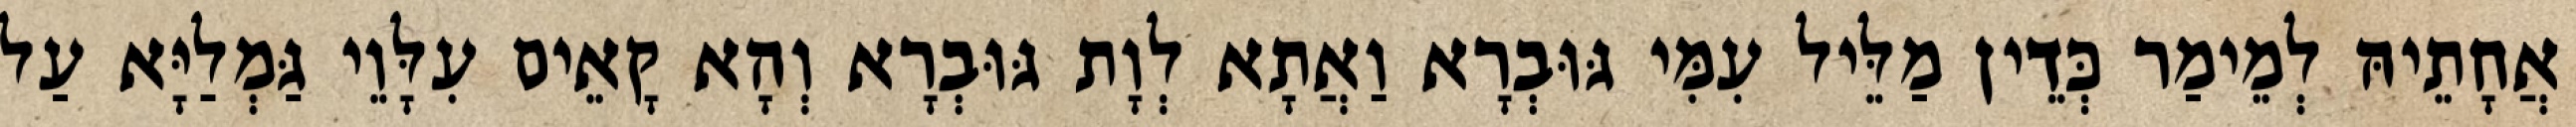
אֲחָתֵיהּ לְמֵימַר כְּדֵין מַלֵּיל עִמִּי גּוּבְרָא וַאֲתָא לְוָת גּוּבְרָא וְהָא קָאֵים עִלָּוֵי גַּמְלַיָּא עַל